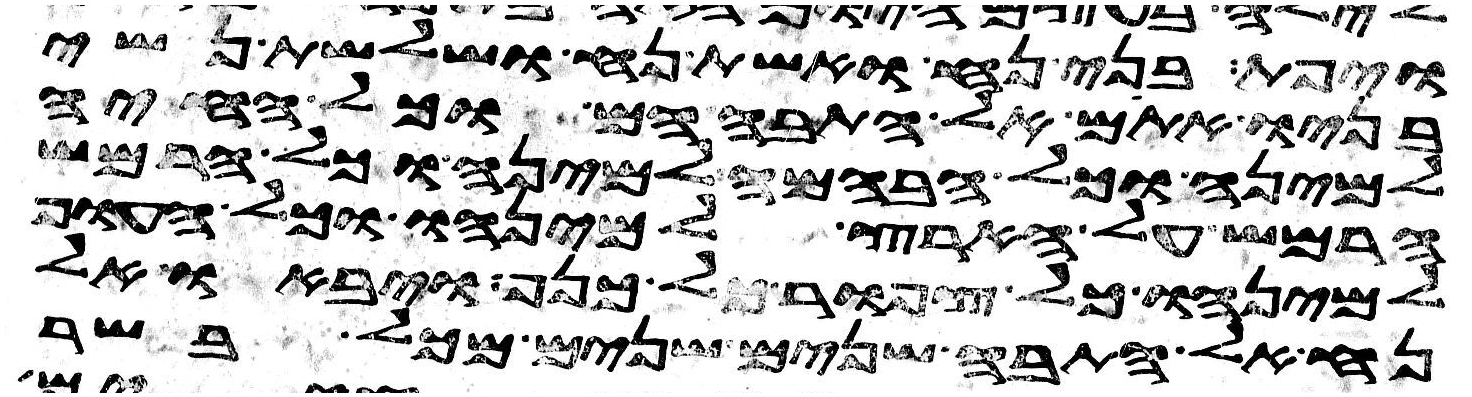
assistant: ויפת בני נח ואשת נח ושלשת נשי
בניו אתם אל התבה הם וכל החיה
למינה וכל הבהמה למינה וכל הרמש
הרמש על הארץ למינהו וכל העוף
למינהו כל צפור כל כנף ויבאו אל
נח אל התבה שנים שנים מכל בשר